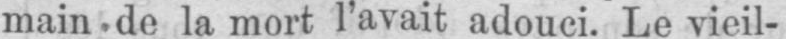
main de la mort l’avait adouci. Le vieil-